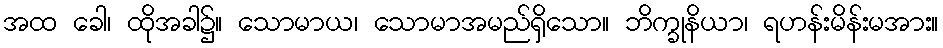
အထ ခေါ၊ ထိုအခါ၌။ သောမာယ၊ သောမာအမည်ရှိသော။ ဘိက္ခုနိယာ၊ ရဟန်းမိန်းမအား။